Juuru_vallavalitsus, lk 60
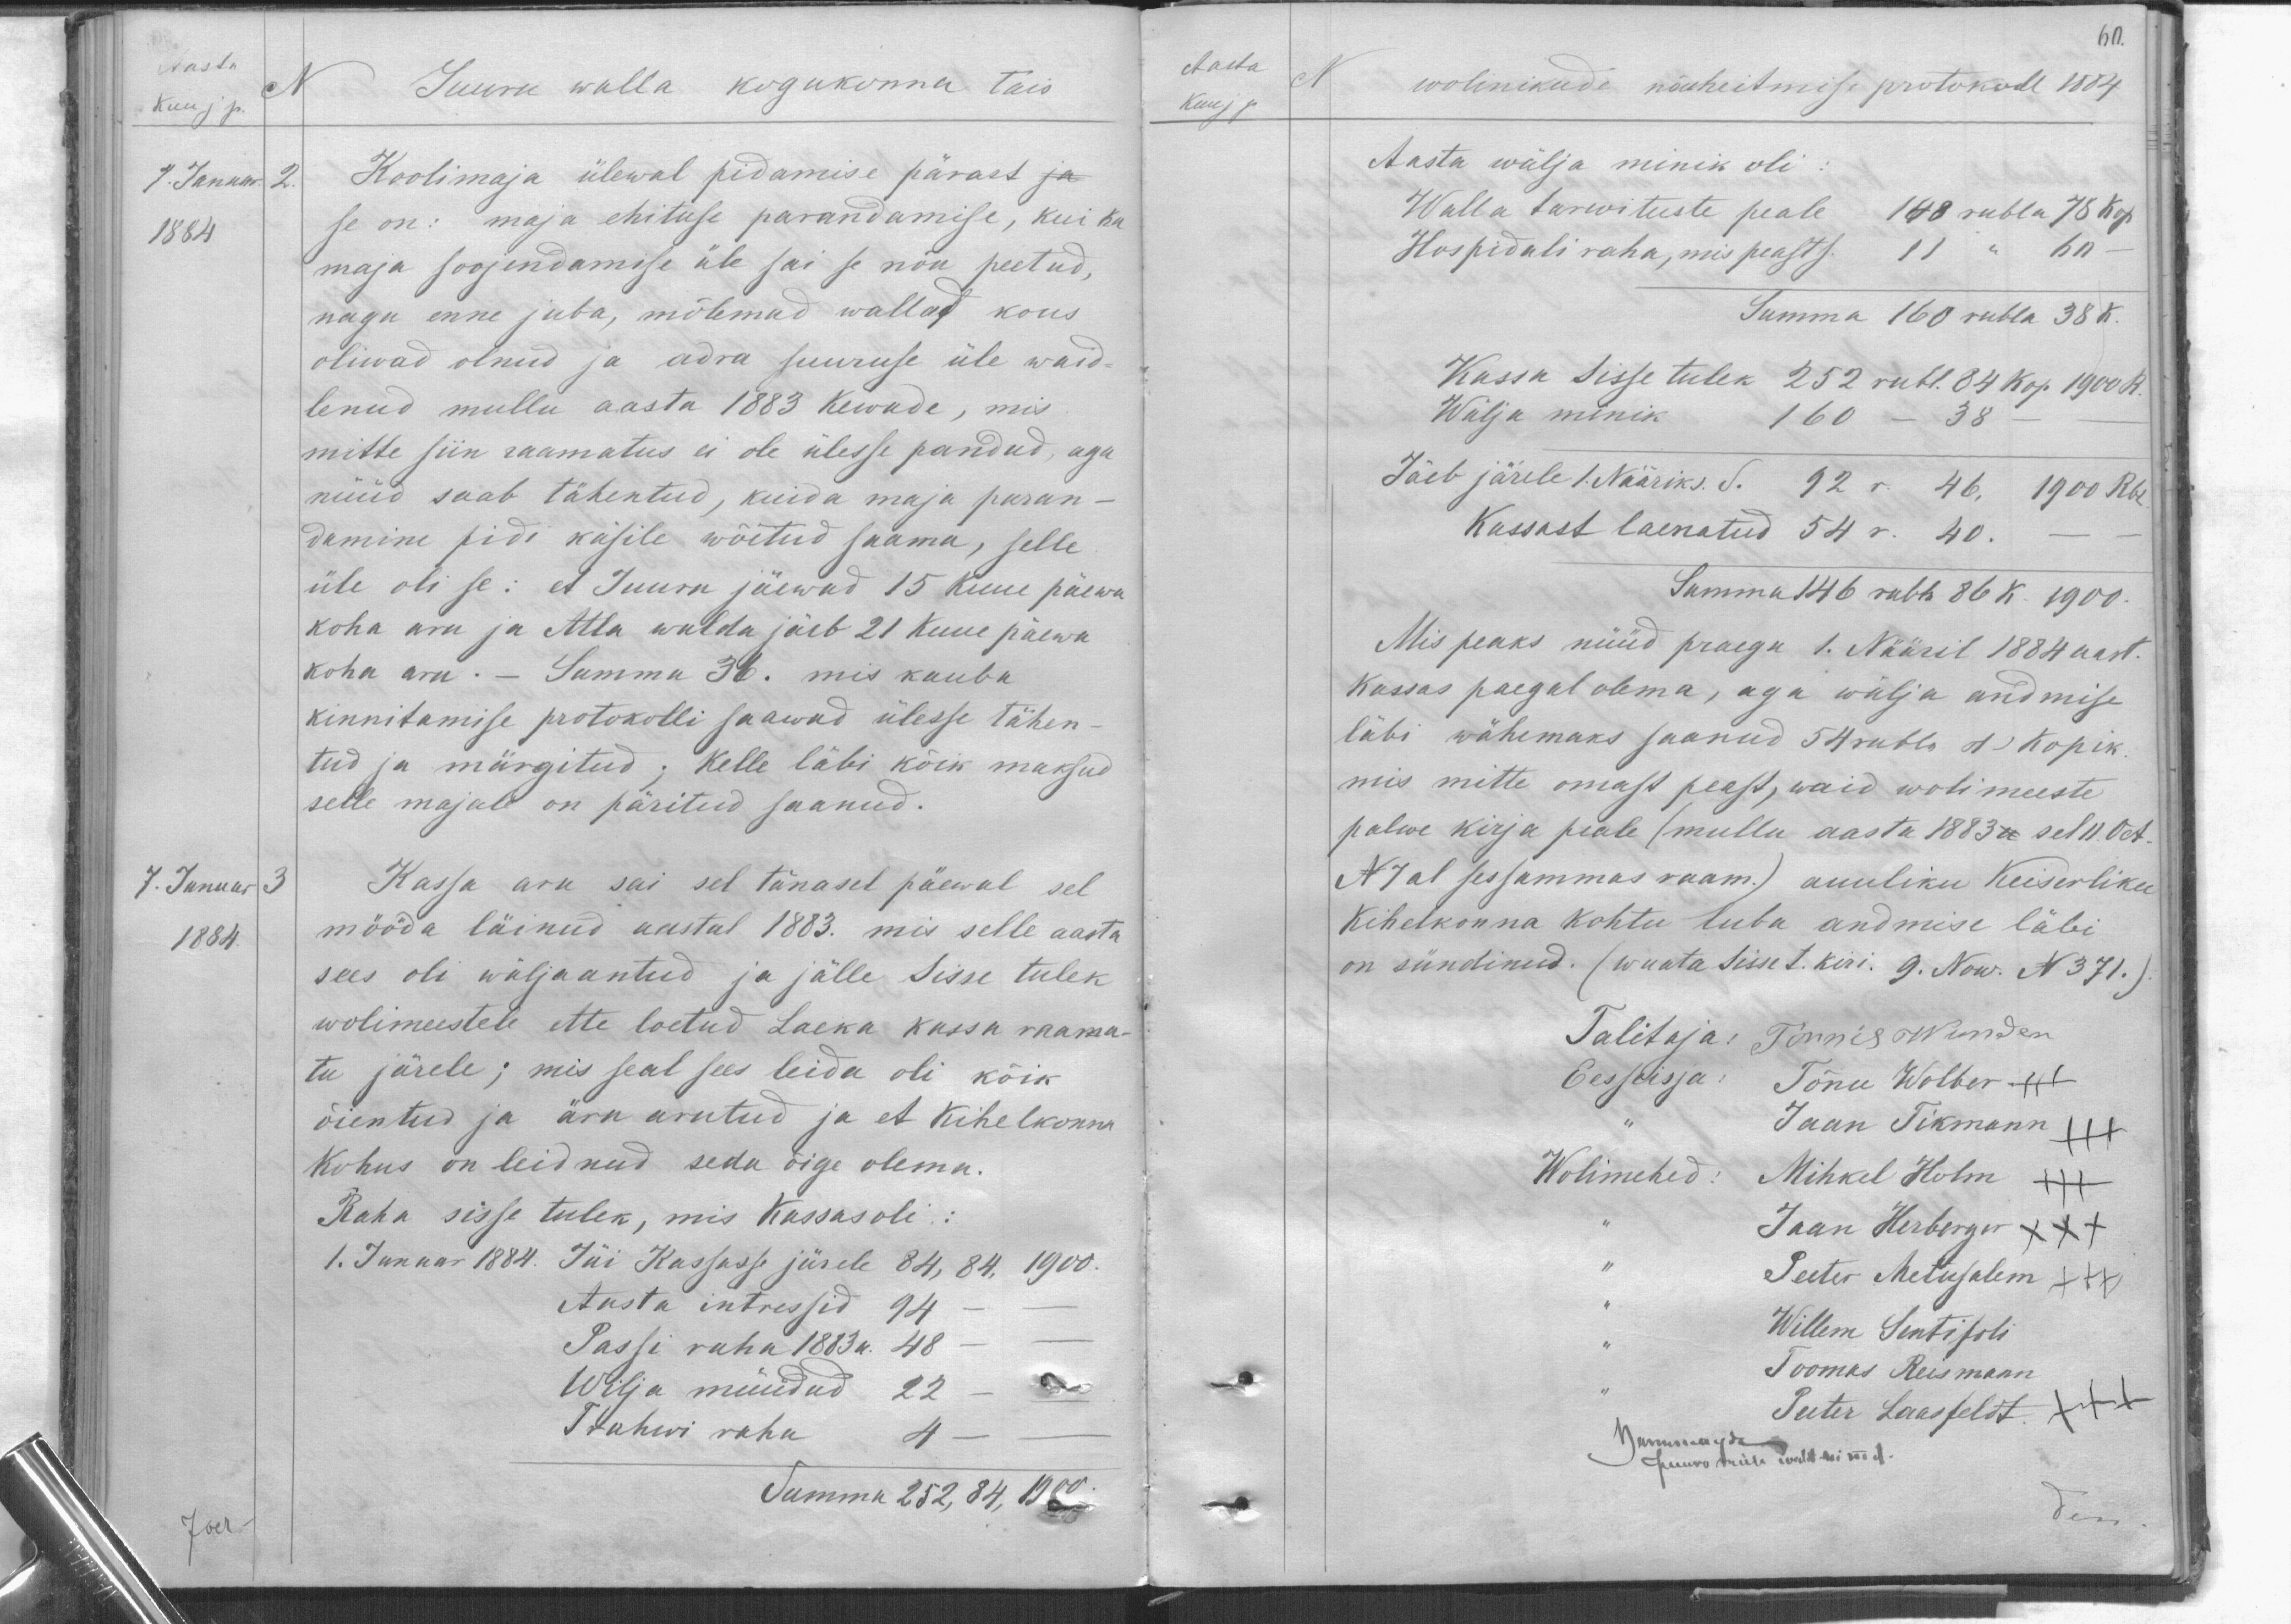
Aasta
Kuu j p.
N Juuru walla kogukonna täis
1. Januar 2.
1884
Koolimaja ülewal pidamise pärast ja
se on:  maja ehituse parandamise, kui ka
maja soojendamise üle sai se nõu peetud
nagu enne juba, mõlemad wallat kous
oliwad olnud ja adra suuruse üle waid-
lenud mullu aasta 1883 kewade, mis
mitte siin raamatus ei ole ülesse pandud, aga
nüüd saab tähentud, kuida maja paran-
damine pidi käsile wõetud saama, selle
üle oli se: et Juuru jäewad 15 kuue päewa
koha aru ja Atla walda jäeb 21 kuue päewa
koha aru. - Summa 36. mis kauba
kinnitamise protokolli saawad ülesse tähen-
tud ja märgitud; kelle läbi kõik maksud
selle majale on päritud saanud.
7. Januar 3
1884.
Kassa aru sai sel tänasel päewal sel
mööda läinud aastal 1883. mis selle aasta
sees oli wäljaantud ja jälle Sisse tulek
wolimeestele ette loetud Laeka kassa raama-
tu järele; mis seal sees leida oli kõik
õientud ja ära arutud ja et Kihelkonna
Kohus on leidnud seda õige olema.
Raha sisse tulek, mis Kassas oli:
1. Januar 1884. Jäi Kassasse järele 84, 84, 1900.
Aasta intressid 94 -
Passi raha 1883 a. 48 -
Wilja müüdud 22 -
Trahvi raha 4 -
Summa 252, 84, 1900.

60.
Aasta
Kuu j p.
wolinikude nõuheitmise protokoll 1884
Aasta wälja minik oli
Walla tarwituste peale 148 rubla 78 kop.
Hospitali raha, mis peasts. 11 " 60 -
Summa 160 rubla 38 k.
Kassa Sisse tulek 252 rubl. 84 kop. 1900 k.
Wälja minik 160 - 38 -
Jäeb järele 1. Nääriks. d. 92 r. 46. 1900 Rbl.
Kassast laenatud 54 r. 40.
Summa 146 rubla 86 K. 1900.
Mis peaks nüüd praegu 1. Nääril 1884 aast.
kassas paegal olema, aga wälja andmise
läbi wähemaks saanud 54 rubla 1 kopik.
mis mitte omast peest, waid woli meeste
palwe kirja peale (mullu aasta 1883 a sel 11. Oct-
N 7al sessammas raam.) auuliku Keiserliku
Kihelkonna kohtu luba andmise läbi
on sündinud. (wuata sisse t. kiri. 9. Now. N 371.)
Talitaja: Tõnnis Wunder
Eesseisja: Tõnu Wolber XXX
Jaan Tikmann XXX
Wolimehed: Mihkel Holm XXX
Jaan Herberger XXX
Peeter Metusalem XXX
Willem Sentisoli
Toomas Reismann
Peeter Laasfeldt XXX
Хегияна Пълъ доль дъ ст.
des